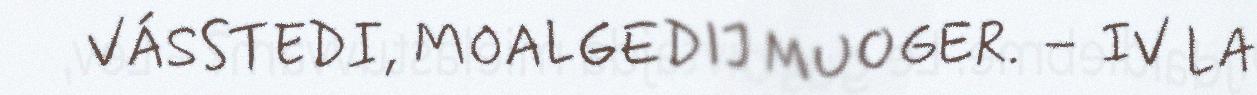
VÁSSTEDI, MOALGEDIJ MUOGER. – IV LA